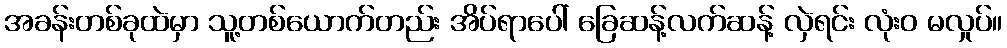
အခန်းတစ်ခုထဲမှာ သူ့တစ်ယောက်တည်း အိပ်ရာပေါ် ခြေဆန့်လက်ဆန့် လှဲရင်း လုံးဝ မလှုပ်။